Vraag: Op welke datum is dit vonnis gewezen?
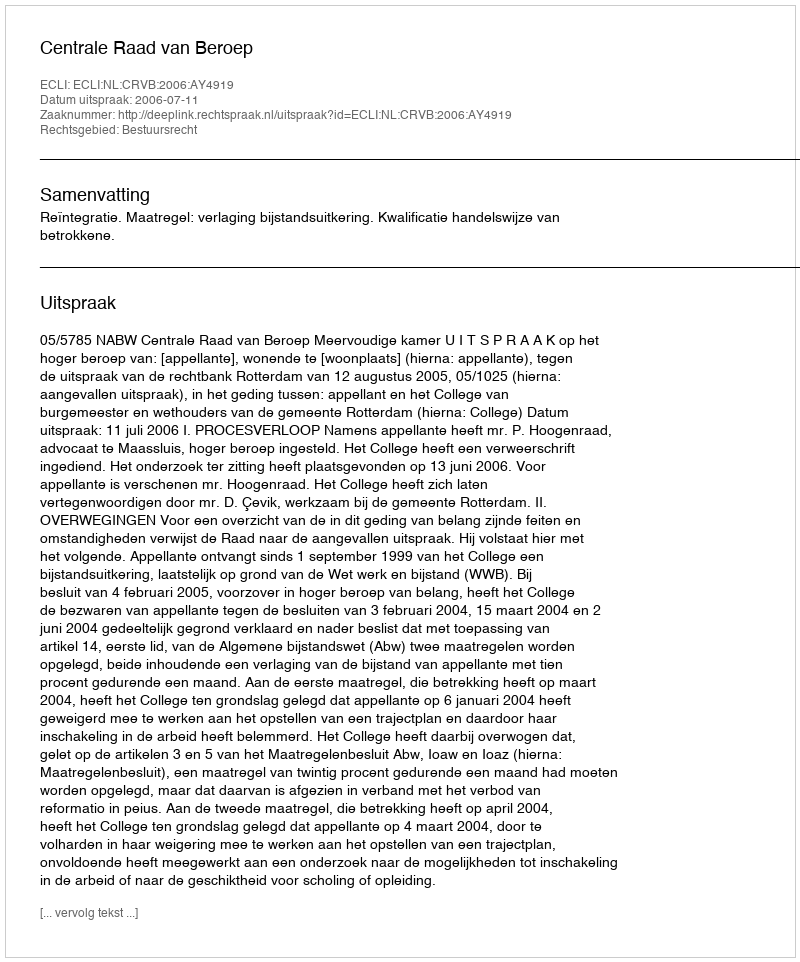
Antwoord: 2006-07-11